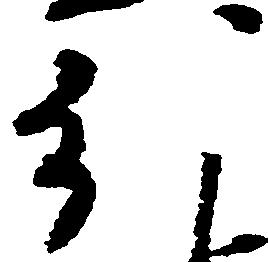
分